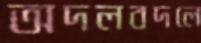
অদলবদলে